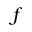
f